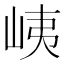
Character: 峓